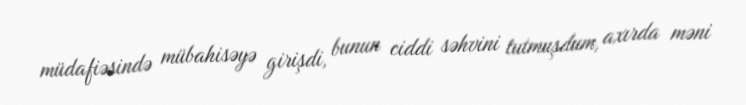
müdafiəsində mübahisəyə girişdi, bunun ciddi səhvini tutmuşdum, axırda məni